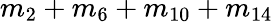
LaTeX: m_{2}+m_{6}+m_{10}+m_{14}